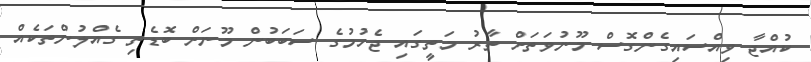
ކުއްޖާ ވިއްސައިގެންގޮސް މޫނުވަތަށް ތާރު މަތީގައި ޖެހުމުގެ ސަބަބުން މޫނަށް ބޮޑެތި ގެއްލުންތަކެއް